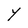
Character: Y